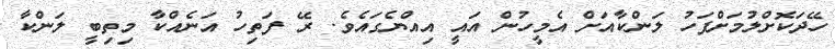
ހޭދަކޮށްލުމަށްފަހު ލަންކާއަށް އެމީހުން އައީ އިއްޔެގައެވެ. ރޭ ފަތިހު އަނެއްކާ މިތިބީ ލަންކާ